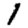
Digit: 1